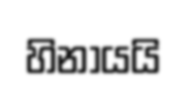
හිනායයි